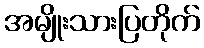
အမျိုးသားပြတိုက်